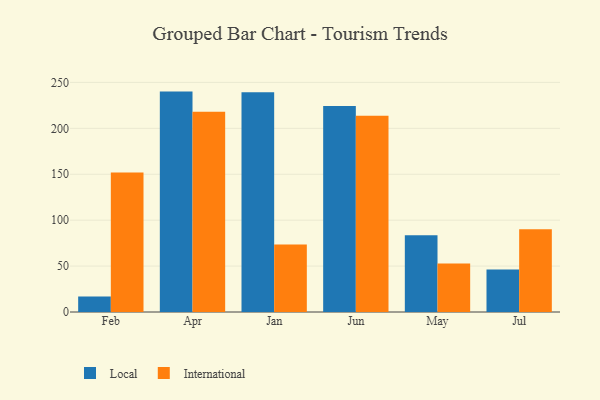
{"axis": {"x": "Month", "y": "Tickets Resolved"}, "legend": ["International", "Local"], "data": [{"x": "Feb", "y": 16.8, "type": "Local"}, {"x": "Feb", "y": 151.9, "type": "International"}, {"x": "Apr", "y": 240.0, "type": "Local"}, {"x": "Apr", "y": 218.0, "type": "International"}, {"x": "Jan", "y": 239.3, "type": "Local"}, {"x": "Jan", "y": 73.6, "type": "International"}, {"x": "Jun", "y": 224.3, "type": "Local"}, {"x": "Jun", "y": 213.7, "type": "International"}, {"x": "May", "y": 83.5, "type": "Local"}, {"x": "May", "y": 52.7, "type": "International"}, {"x": "Jul", "y": 46.2, "type": "Local"}, {"x": "Jul", "y": 90.2, "type": "International"}]}